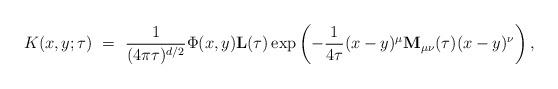
LaTeX: \begin{align*}K(x,y;\tau)\ =\ \frac{1}{(4\pi\tau)^{d/2}}\Phi(x,y){\mathbf L}(\tau) \exp\left(-\frac{1}{4\tau}(x-y)^\mu {\bf M}_{\mu\nu}(\tau) (x-y)^\nu \right),\end{align*}